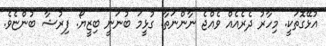
އުޅޭގޮތަކީ. މިހާރު ދެރެއެއް ވެއްޖެ ނާންނަތާ. ގުޅީމަ ބުނަނީ ބިޒީޔޯ. ފިރުޝާ ބުންޏެވެ.